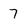
Character: 7